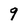
Character: 9